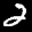
Label: 2